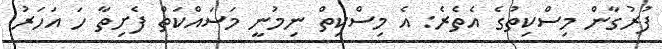
ފުރުގާން މިސްކިތުގެ އެތެރެ: އެ މިސްކިތް ނިމުނީ މަސައްކަތް ފެށިތާ ހަ އަހަރު